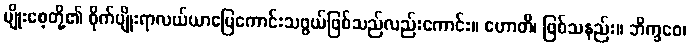
မျိုးစေ့တို့၏ စိုက်ပျိုးရာလယ်ယာမြေကောင်းသဖွယ်ဖြစ်သည်လည်းကောင်း။ ဟောတိ၊ ဖြစ်သနည်း။ ဘိက္ခဝေ၊